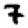
Digit: 7